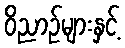
ဝိညာဉ်များနှင့်